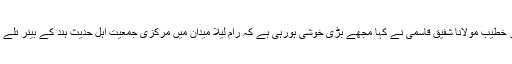
ناخدا مسجد کولکاتہ کے شاہی امام و خطیب مولانا شفیق قاسمی نے کہا مجھے بڑی خوشی ہورہی ہے کہ رام لیلا میدان میں مرکزی جمعیت اہل حدیث ہند کے بینر تلے تمام مکتب فکر کے علماء جمع ہیں۔